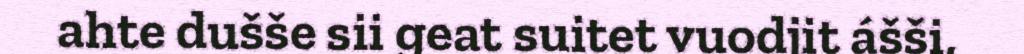
ahte dušše sii geat suitet vuodjit ášši,